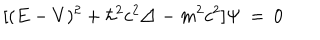
[ ( E - V ) ^ { 2 } + \hbar ^ { 2 } c ^ { 2 } \triangle - m ^ { 2 } c ^ { 2 } ] \Psi \: = \: 0